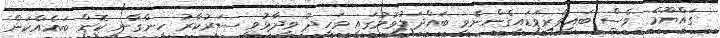
ގައްޔޫމް ވެސް ބައިވެރިވަޑައިގެންނެވި ބައްދަލުވުމުގައި ވަހީދު ވިދާޅުވީ ސަރުކާރު ހިންގާނީ ކޮން ބައެއްކަން